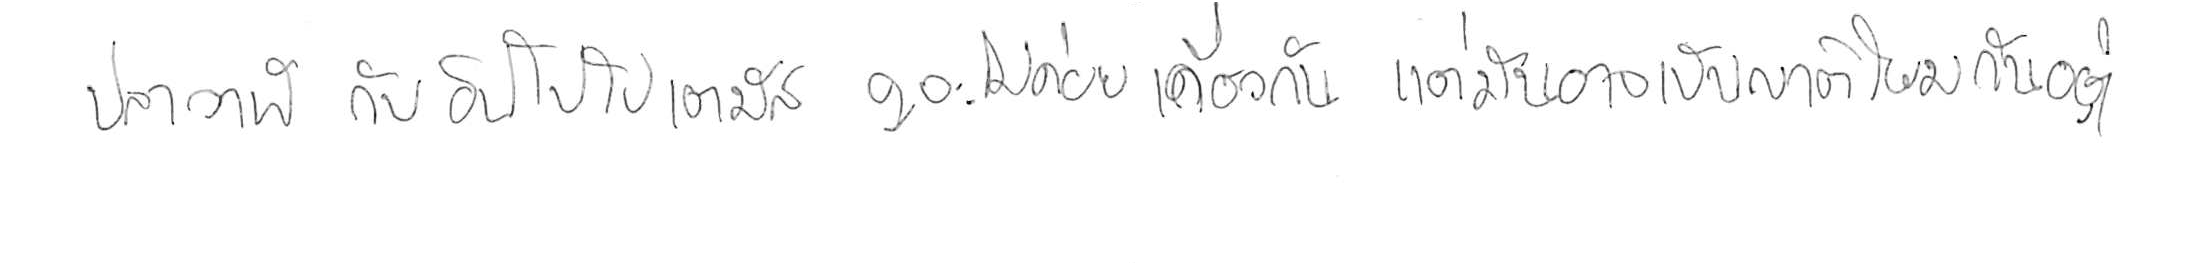
ปลาวาฬ กับ ฮิปโปโปเตมัส ดูจะไม่ค่อยเกี่ยวกัน แต่มันอาจเป็นญาติโยมกันอยู่